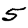
Digit: 5